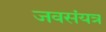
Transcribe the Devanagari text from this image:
जवसंयत्र